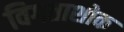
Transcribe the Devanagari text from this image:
विगताशोक